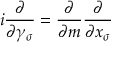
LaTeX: i \frac { \partial } { \partial \gamma _ { \sigma } } = \frac { \partial } { \partial m } \frac { \partial } { \partial x _ { \sigma } }